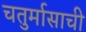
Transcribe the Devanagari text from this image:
चतुर्मासाची